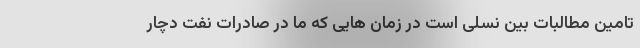
تامین مطالبات بین نسلی است در زمان هایی که ما در صادرات نفت دچار